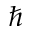
\hbar